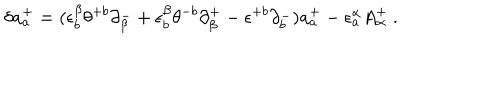
\delta a _ { a } ^ { + } = ( \epsilon _ { b } ^ { \beta } \theta ^ { + b } \partial _ { \beta } ^ { - } + \epsilon _ { b } ^ { \beta } \theta ^ { - b } \partial _ { \beta } ^ { + } - \epsilon ^ { + b } \partial _ { b } ^ { - } ) a _ { a } ^ { + } - \epsilon _ { a } ^ { \alpha } A _ { \alpha } ^ { + } \ .